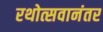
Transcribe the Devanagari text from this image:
रथोत्सवानंतर